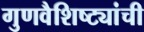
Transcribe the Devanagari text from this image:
गुणवैशिष्ट्यांची